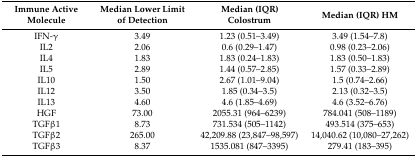
| Immune Active Molecule | Median Lower Limit of Detection | Median (IQR) Colostrum | Median (IQR) HM |
 | --- | --- | --- | --- |
 | IFN-γ | 3.49 | 1.23 (0.51–3.49) | 3.49 (1.54–7.8) |
 | IL2 | 2.06 | 0.6 (0.29–1.47) | 0.98 (0.23–2.06) |
 | IL4 | 1.83 | 1.83 (0.24–1.83) | 1.83 (0.50–1.83) |
 | IL5 | 2.89 | 1.44 (0.57–2.85) | 1.57 (0.33–2.89) |
 | IL10 | 1.50 | 2.67 (1.01–9.04) | 1.5 (0.74–2.66) |
 | IL12 | 3.50 | 1.85 (0.34–3.5) | 2.13 (0.32–3.5) |
 | IL13 | 4.60 | 4.6 (1.85–4.69) | 4.6 (3.52–6.76) |
 | HGF | 73.00 | 2055.31 (964–6239) | 784.041 (508–1189) |
 | TGFβ1 | 8.73 | 731.534 (505–1142) | 493.514 (375–653) |
 | TGFβ2 | 265.00 | 42,209.88 (23,847–98,597) | 14,040.62 (10,080–27,262) |
 | TGFβ3 | 8.37 | 1535.081 (847–3395) | 279.41 (183–395) |